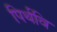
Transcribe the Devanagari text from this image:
पिर्थवि